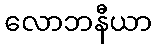
လောဘနီယာ